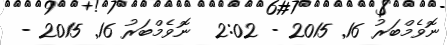
ނޮވެމްބަރު 16